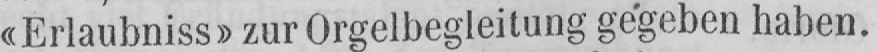
«Erlaubniss» zur Orgelbegleitung gegeben haben.